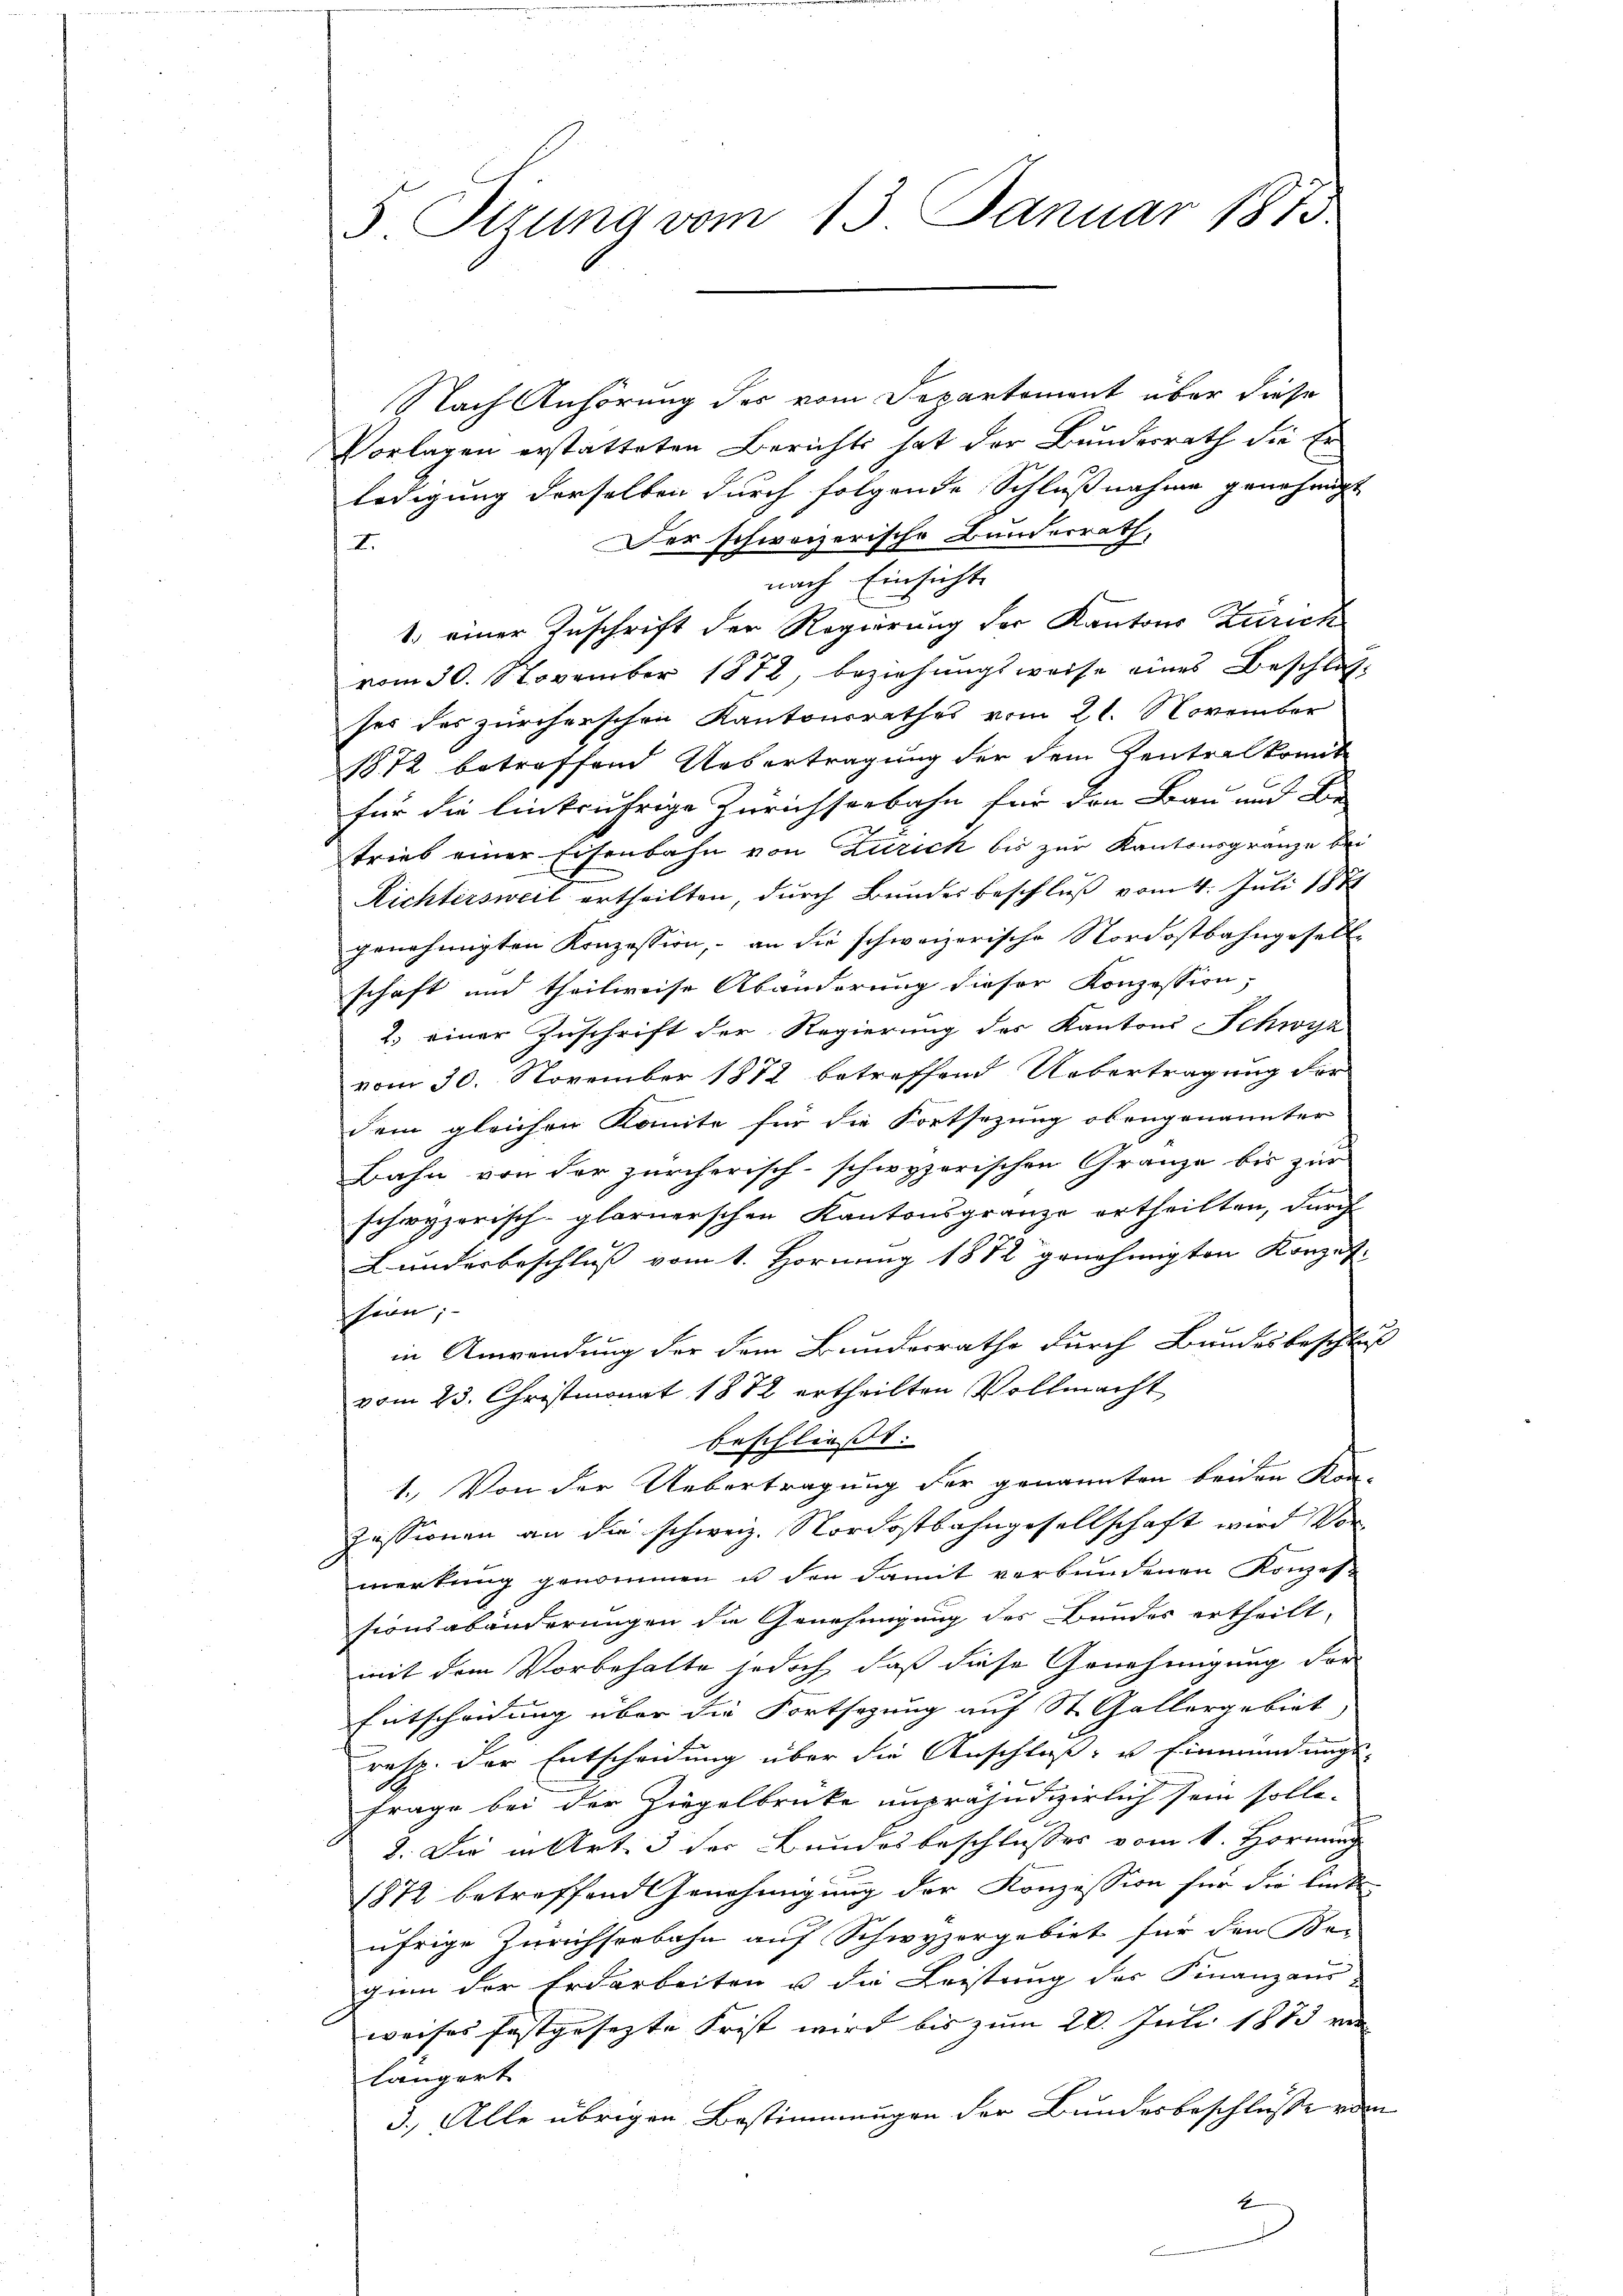
5. Sitzung vom 13. Januar 1873

Nach Anhörung des vom Departement über diese
Vorlagen erstatteten Berichts hat der Bundesrath die Er
ledigung derselben durch folgende Schlußnahme genehmigt
Der schweizerische Bundesrath,
I.
nach Einsicht
1. einer Zuschrift der Regierung der Kantons Zürich
vom 30. November 1872, beziehungsweise eines Beschlaf
ses des zürcherschen Kantonsrathes vom 21. November
1872 betreffend Uebertragung der dem Kentralkomite
für die linkrährige Zürichseebahn für den Bau und Be-
trieb einer Eisenbahn von Zürich bis zur Kantonsgränze bei
Richtersweil ertheilten, durch Bundesbeschluß vom 4. Juli 1871
genehmigten Konzession, – an die schweizerische Nordostbahngesell-
schaft und theilweise Abänderung dieser Konzession;
2. einer Zuschrift der Regierung der Kantons Schwyz
vom 30. November 1872 betreffend Uebertragung der
dem gleichen Komite für die Fortsezung obengenannter
Bahn von der zürcherisch-schwyzerischen Gränze bis zur
schwyzerisch-glarnerschen Kantonsgränze ertheilten, durch
Lunderbeschluß vom 1. Hornung 1872 genehmigten Konzession;
in Anwendung der dem Bundesrathe durch Bundesbeschluß
vom 23. Christmonat 1882 ertheilten Vollmacht
beschließt:
1. Von der Uebertragung der genannten beiden Kon-
Zessionen an die schweiz. Nordostbahngesellschaft wird Vormerkung genommen u den damit verbundenen Konzess-
sionsabänderungen die Genehmigung des Bundes ertheilt,
mit dem Vorbehalte jedoch, daß diese Genehmigung der
Entscheidung über die Fortsetzung auf St. Gallergebiet
resp. der Entscheidung über die Anschluß- u Einmündungs-
Frage bei der Ziegelbrücke unpräjudizierlich sein solle.
2. Die in Art. 3 der Bundesbeschlusses vom 1. Hornun
1872 betreffend Genehmigung der Konzession für die linke-
ufrige Zürichseebahn auf Schwyzergebiet für den Ber
gum der Erdarbeiten u die Leistung des Finanzaus
weises festgesezte Frist wird bis zum 20. Juli 1873 ver
längert
3.) Alle übrigen Bestimmungen der Bundesbeschlusserden
4